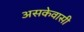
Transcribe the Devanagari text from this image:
असकेवासी